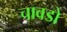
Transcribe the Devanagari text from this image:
चावडो